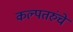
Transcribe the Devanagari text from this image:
कल्पतरुंचे